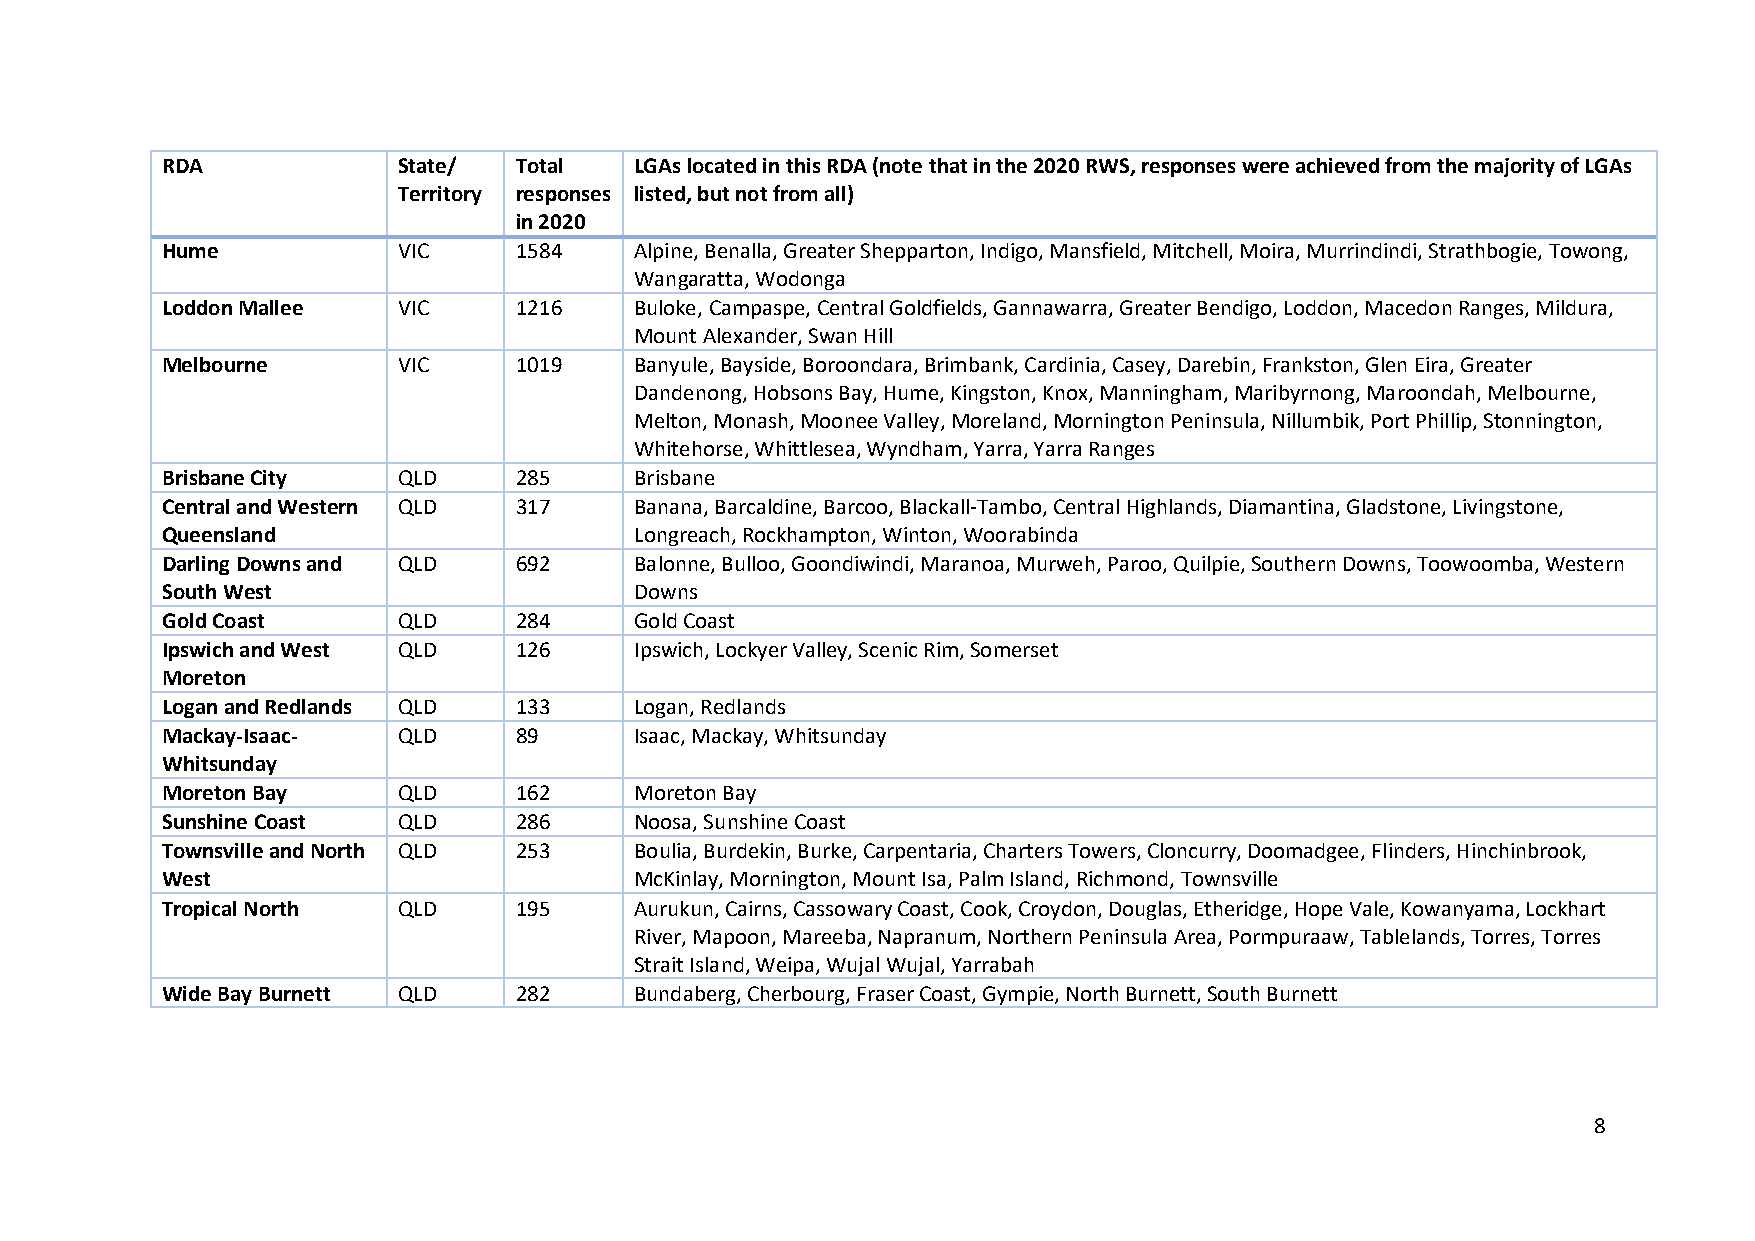
RDA            State/  Total   LGAs located in this RDA (note that in the 2020 RWS, responses were achieved from the majority of LGAs
 Territory responses listed, but not from all)
 in 2020
 Hume           VIC     1584    Alpine, Benalla, Greater Shepparton, Indigo, Mansfield, Mitchell, Moira, Murrindindi, Strathbogie, Towong,
 Wangaratta, Wodonga
 Loddon Mallee  VIC     1216    Buloke, Campaspe, Central Goldfields, Gannawarra, Greater Bendigo, Loddon, Macedon Ranges, Mildura,
 Mount Alexander, Swan Hill
 Melbourne      VIC     1019    Banyule, Bayside, Boroondara, Brimbank, Cardinia, Casey, Darebin, Frankston, Glen Eira, Greater
 Dandenong, Hobsons Bay, Hume, Kingston, Knox, Manningham, Maribyrnong, Maroondah, Melbourne,
 Melton, Monash, Moonee Valley, Moreland, Mornington Peninsula, Nillumbik, Port Phillip, Stonnington,
 Whitehorse, Whittlesea, Wyndham, Yarra, Yarra Ranges
 Brisbane City  QLD     285     Brisbane
 Central and Western QLD 317    Banana, Barcaldine, Barcoo, Blackall-Tambo, Central Highlands, Diamantina, Gladstone, Livingstone,
 Queensland                     Longreach, Rockhampton, Winton, Woorabinda
 Darling Downs and QLD  692     Balonne, Bulloo, Goondiwindi, Maranoa, Murweh, Paroo, Quilpie, Southern Downs, Toowoomba, Western
 South West                     Downs
 Gold Coast     QLD     284     Gold Coast
 Ipswich and West QLD   126     Ipswich, Lockyer Valley, Scenic Rim, Somerset
 Moreton
 Logan and Redlands QLD 133     Logan, Redlands
 Mackay-Isaac-  QLD     89      Isaac, Mackay, Whitsunday
 Whitsunday
 Moreton Bay    QLD     162     Moreton Bay
 Sunshine Coast QLD     286     Noosa, Sunshine Coast
 Townsville and North QLD 253   Boulia, Burdekin, Burke, Carpentaria, Charters Towers, Cloncurry, Doomadgee, Flinders, Hinchinbrook,
 West                           McKinlay, Mornington, Mount Isa, Palm Island, Richmond, Townsville
 Tropical North QLD     195     Aurukun, Cairns, Cassowary Coast, Cook, Croydon, Douglas, Etheridge, Hope Vale, Kowanyama, Lockhart
 River, Mapoon, Mareeba, Napranum, Northern Peninsula Area, Pormpuraaw, Tablelands, Torres, Torres
 Strait Island, Weipa, Wujal Wujal, Yarrabah
 Wide Bay Burnett QLD   282     Bundaberg, Cherbourg, Fraser Coast, Gympie, North Burnett, South Burnett
 8